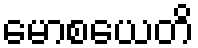
မောစယေတိ